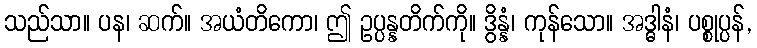
သည်သာ။ ပန၊ ဆက်။ အယံတိကော၊ ဤ ဥပ္ပန္နတိက်ကို။ ဒွိန္နံ၊ ကုန်သော။ အဒ္ဓါနံ၊ ပစ္စုပ္ပန်,